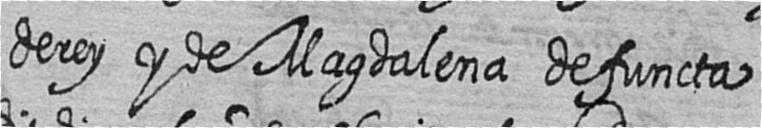
de rey y de Magdalena defuncta